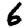
Digit: 6